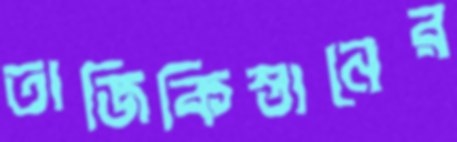
তাজিকিস্তানের